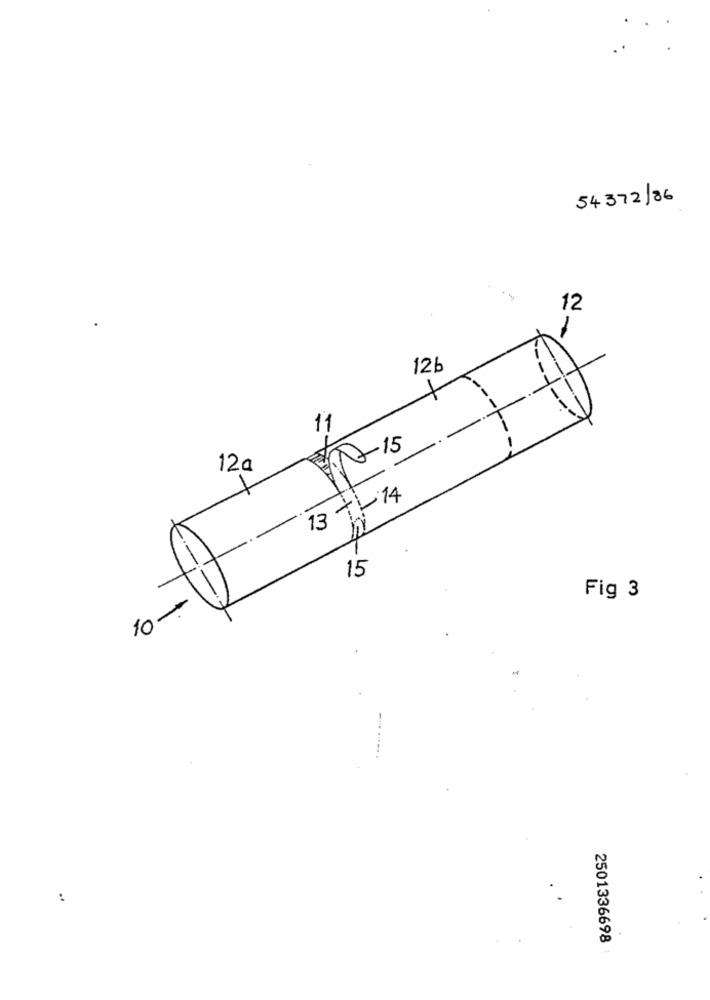
54372/86
12
-
126
11
-15
12a
-
13 7- 14
15
Fig 3
10-
2501336698